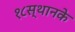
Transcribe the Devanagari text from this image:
१८स्थानके